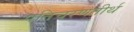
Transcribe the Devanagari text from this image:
पतिचरणतीर्थ